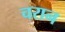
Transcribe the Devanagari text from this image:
चरान